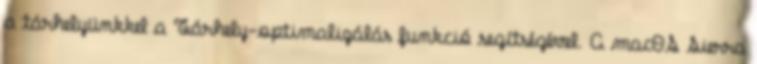
a tárhelyünkkel a Tárhely-optimalizálás funkció segítségével. A macOS Sierra